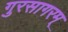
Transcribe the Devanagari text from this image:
गुरसागरम्